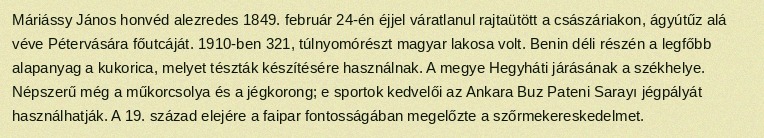
Máriássy János honvéd alezredes 1849. február 24-én éjjel váratlanul rajtaütött a császáriakon, ágyútűz alá véve Pétervására főutcáját. 1910-ben 321, túlnyomórészt magyar lakosa volt. Benin déli részén a legfőbb alapanyag a kukorica, melyet tészták készítésére használnak. A megye Hegyháti járásának a székhelye. Népszerű még a műkorcsolya és a jégkorong; e sportok kedvelői az Ankara Buz Pateni Sarayı jégpályát használhatják. A 19. század elejére a faipar fontosságában megelőzte a szőrmekereskedelmet.